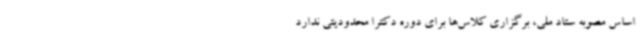
اساس مصوبه ستاد ملی، برگزاری کلاس‌ها برای دوره دکترا محدودیتی ندارد